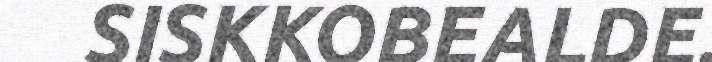
SISKKOBEALDE.